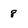
Character: 8